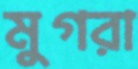
মুগরা